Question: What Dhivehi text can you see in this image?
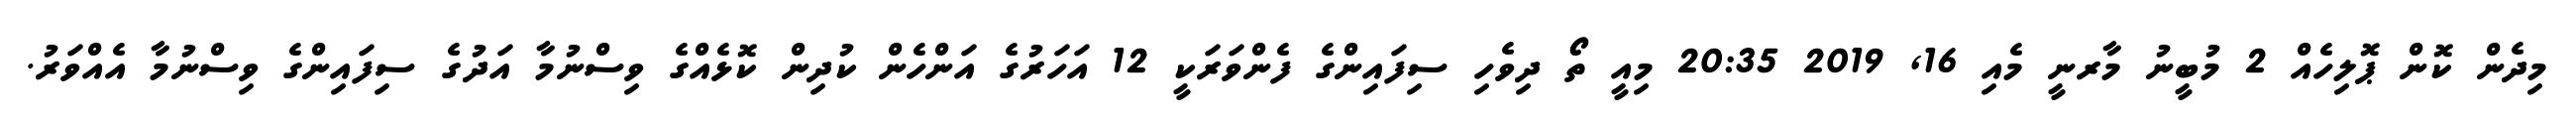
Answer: މިދެން ކޮން ޕޮލިހެއް 2 މުބީނު މާރނީ މެއި 16, 2019 20:35 މިއީ ތޯ ދިވެހި ސިފައިންގެ ފެންވަރަކީ 12 އަހަރުގެ އަންހެން ކުދިން ކޮޅެއްގެ ވިސްނުމާ އަދުގެ ސިފައިންގެ ވިސްނުމާ އެއްވަރު.